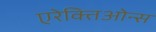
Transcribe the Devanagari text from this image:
एरेक्तिओन्स